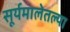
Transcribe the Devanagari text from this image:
सूर्यमालेतल्या